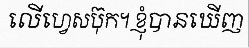
លើហ្វេសប៊ុក។ ខ្ញុំបានឃើញ